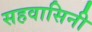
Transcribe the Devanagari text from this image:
सहवासिनी